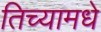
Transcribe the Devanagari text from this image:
तिच्यामधे